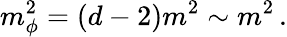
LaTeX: m_{\phi}^{2}=(d-2)m^{2}\sim m^{2}\, .